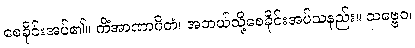
စေခိုင်းအပ်၏။ ကိံအာဏာပိတံ၊ အဘယ်သို့စေခိုင်းအပ်သနည်း။ သဗ္ဗေဝ၊